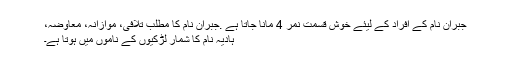
جبران نام کے افراد کے لیئے خوش قسمت نمر 4 مانا جاتا ہے .جبران نام کا مطلب تلافی، موازانہ، معاوضہ،
ہادیہ نام کا شمار لڑکیوں کے ناموں میں ہوتا ہے۔